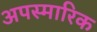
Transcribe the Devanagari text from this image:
अपस्मारिक